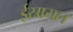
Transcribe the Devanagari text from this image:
ईस्रायल